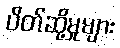
ပိတ်ဆို့မှုများ